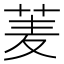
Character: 𮏀